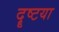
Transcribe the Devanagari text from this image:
दॄष्टया